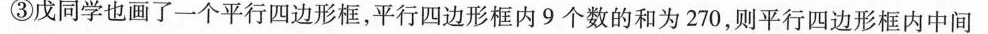
③戊同学也画了一个平行四边形框，平行四边形框内9个数的和为270，则平行四边形框内中间